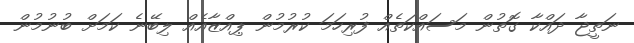
ނަތީޖާ ދައްކާ ގޮތުން މަސައްކަތެއް ފުރިހަމަ ކުރުމުން ޕިއްޒާއެއް ލިބޭނެ ކަމަށް ބުނުމުން